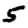
Digit: 5